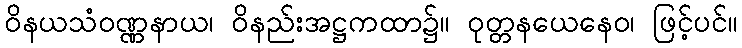
ဝိနယသံဝဏ္ဏနာယ၊ ဝိနည်းအဋ္ဌကထာ၌။ ဝုတ္တနယေနေဝ၊ ဖြင့်ပင်။